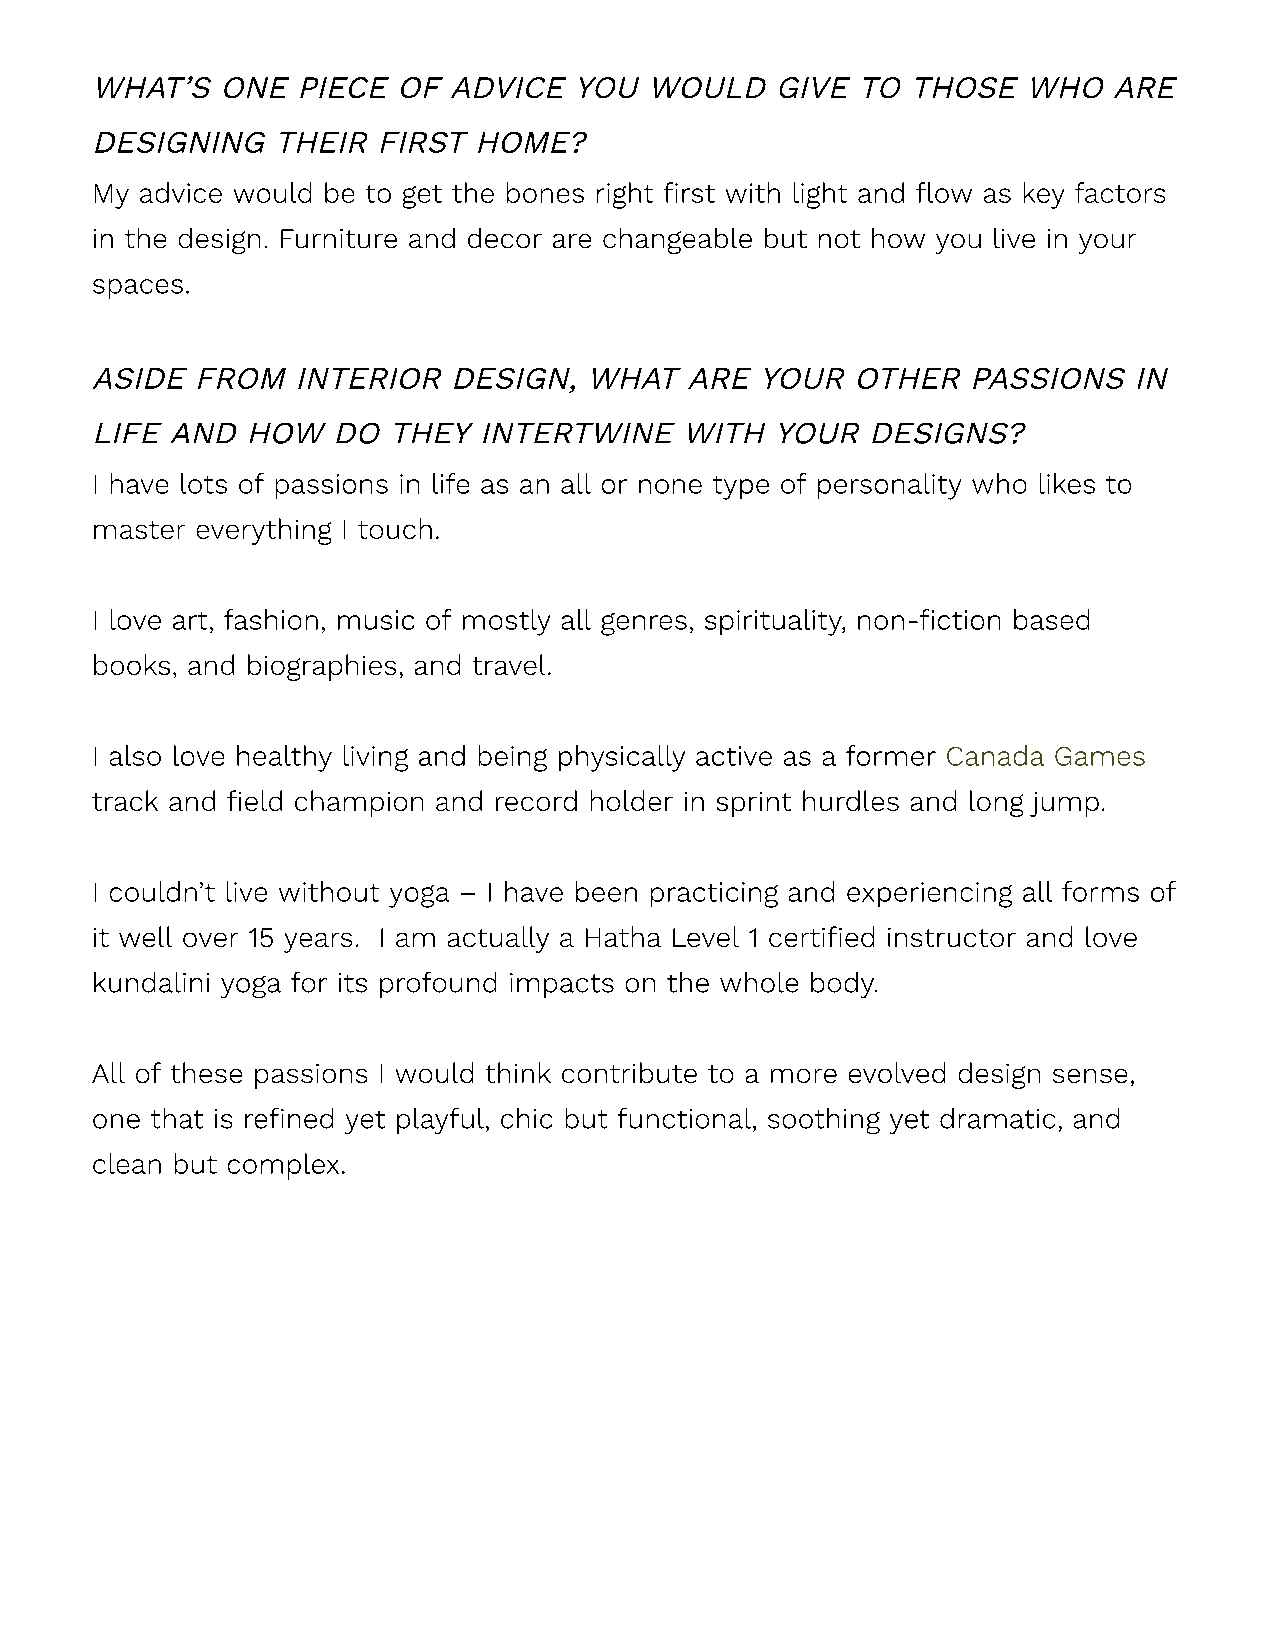
WHAT’S   ONE  PIECE OF  ADVICE  YOU  WOULD   GIVE  TO THOSE   WHO   ARE
 DESIGNING   THEIR  FIRST HOME?
 My advice would be to get the bones right first with light and flow as key factors
 in the design. Furniture and decor are changeable but not how you live in your
 spaces.
 ASIDE  FROM   INTERIOR  DESIGN,  WHAT   ARE YOUR   OTHER  PASSIONS   IN
 LIFE AND  HOW   DO  THEY  INTERTWINE   WITH  YOUR   DESIGNS?
 I have lots of passions in life as an all or none type of personality who likes to
 master everything I touch.
 I love art, fashion, music of mostly all genres, spirituality, non-fiction based
 books, and biographies, and travel.
 I also love healthy living and being physically active as a former Canada Games
 track and field champion and record holder in sprint hurdles and long jump.
 I couldn’t live without yoga – I have been practicing and experiencing all forms of
 it well over 15 years. I am actually a Hatha Level 1 certified instructor and love
 kundalini yoga for its profound impacts on the whole body.
 All of these passions I would think contribute to a more evolved design sense,
 one that is refined yet playful, chic but functional, soothing yet dramatic, and
 clean but complex.